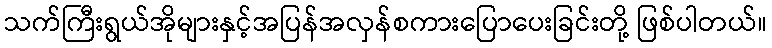
သက်ကြီးရွယ်အိုများနှင့်အပြန်အလှန်စကားပြောပေးခြင်းတို့ ဖြစ်ပါတယ်။